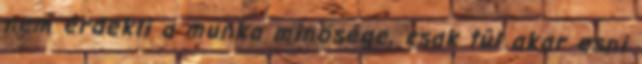
nem érdekli a munka minősége, csak túl akar esni